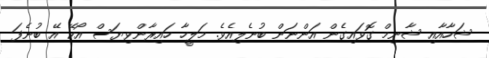
ޝަހާއާއި ޝާނިމް ގޮވައިގެން އަންނަން ބުނެލިއެވެ. މަލީހާ ހައިރާންވިޔަސް އޯކޭ އޭ ބުނެފަ